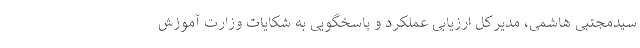
سیدمجتبی هاشمی، مدیرکل ارزیابی عملکرد و پاسخگویی به شکایات وزارت آموزش